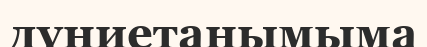
дүниетанымыма